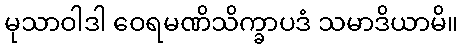
မုသာဝါဒါ ဝေရမဏိသိက္ခာပဒံ သမာဒိယာမိ။